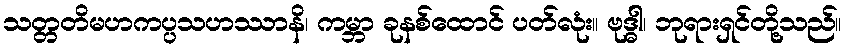
သတ္တတိမဟကပ္ပသဟဿာနိ၊ ကမ္ဘာ ခုနစ်ထောင် ပတ်လုံး။ ဗုဒ္ဓါ၊ ဘုရားရှင်တို့သည်။